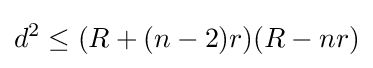
d^{2}\leq (R+(n-2)r)(R-nr)